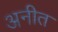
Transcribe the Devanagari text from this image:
अनीत